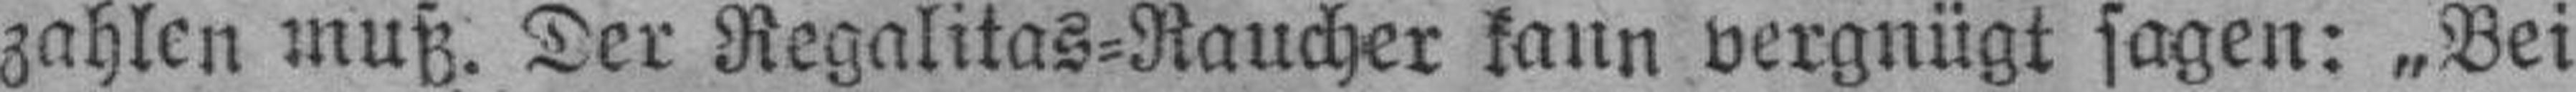
zahlen muß. Der Regalitas=Raucher kann vergnügt sagen: „Bei